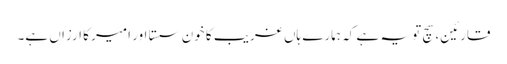
قارئین، سچ تو یہ ہے کہ ہمارے ہاں غریب کا خون سستا اور امیر کا ارزاں ہے۔